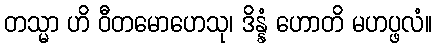
တသ္မာ ဟိ ဝီတမောဟေသု၊ ဒိန္နံ ဟောတိ မဟပ္ဖလံ။